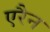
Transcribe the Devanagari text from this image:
एरैन